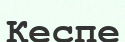
Кеспе